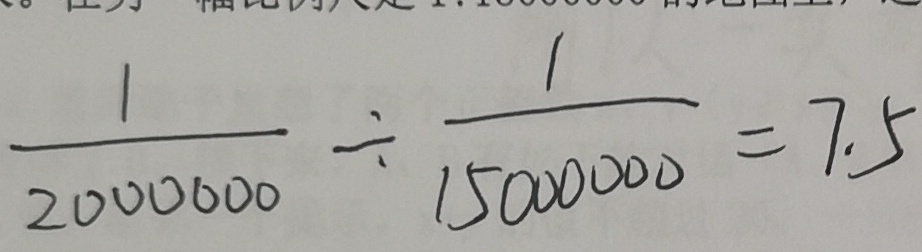
\frac { 1 } { 2 0 0 0 0 0 0 } \div \frac { 1 } { 1 5 0 0 0 0 0 0 } = 7 . 5